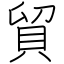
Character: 貿